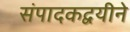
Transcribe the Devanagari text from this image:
संपादकद्वयीने